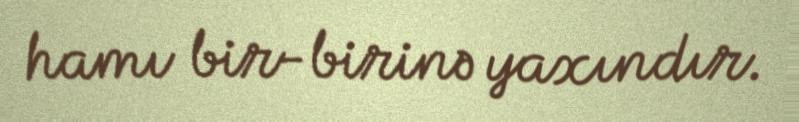
hamı bir-birinə yaxındır.